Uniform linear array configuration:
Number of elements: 64
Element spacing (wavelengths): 0.75
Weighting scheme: cosine
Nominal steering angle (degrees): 15
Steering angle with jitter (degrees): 14.658
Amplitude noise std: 0.05
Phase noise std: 0.05

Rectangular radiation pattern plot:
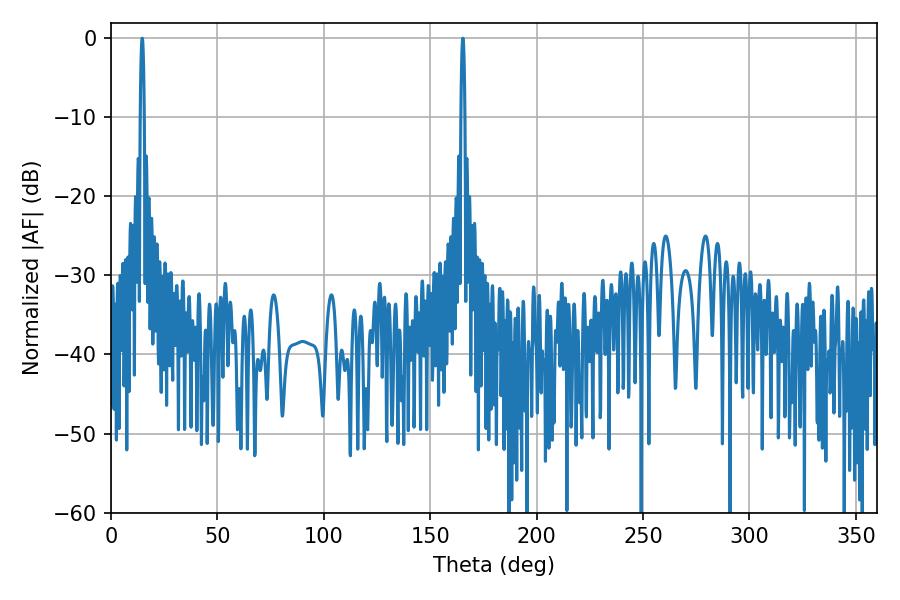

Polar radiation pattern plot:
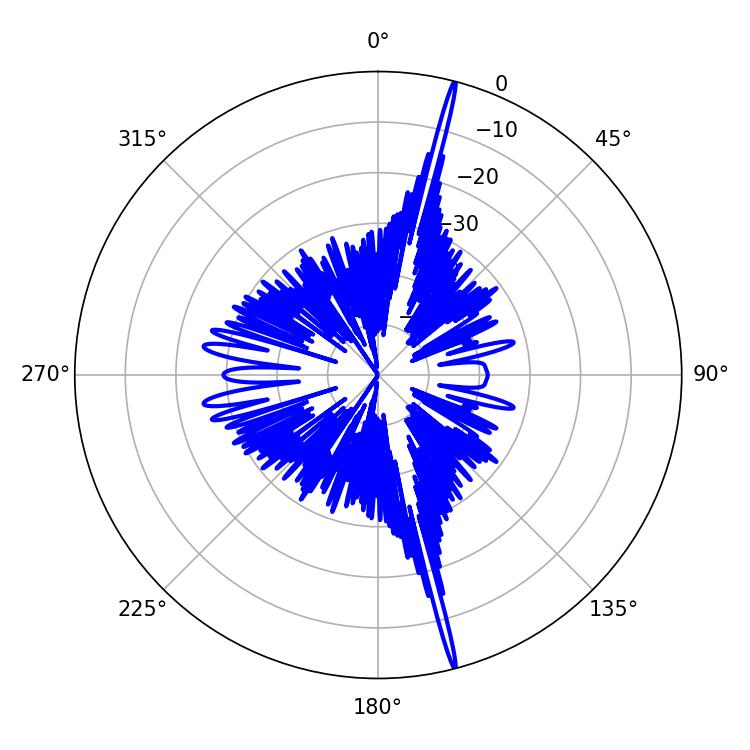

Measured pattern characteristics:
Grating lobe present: TRUE
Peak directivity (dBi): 22.926
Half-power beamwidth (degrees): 0.9
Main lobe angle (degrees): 14.58